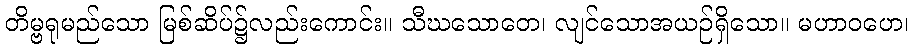
တိမ္ဗရုမည်သော မြစ်ဆိပ်၌လည်းကောင်း။ သီဃသောတေ၊ လျင်သောအယဉ်ရှိသော။ မဟာဝဟေ၊